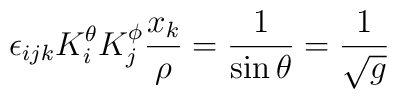
\epsilon_{ijk}K_{i}^{\theta}K_{j}^{\phi}\frac{x_{k}}{\rho}=\frac{1}{\sin\theta}=\frac{1}{\sqrt{g}}